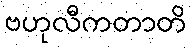
ဗဟုလီကတာတိ